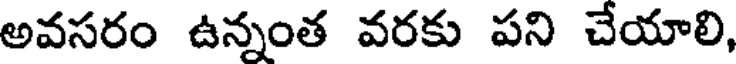
అవసరం ఉన్నంత వరకు పని చేయాలి,